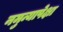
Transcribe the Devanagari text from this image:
नमुन्यापेक्षा